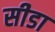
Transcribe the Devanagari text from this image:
सीडा